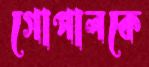
গোপালকে